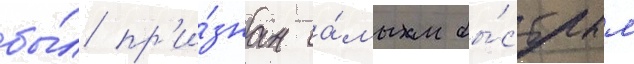
бы́л пр'и́знан са́мым бы́стрым